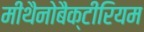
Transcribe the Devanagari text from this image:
मीथैनोबैक्टीरियम